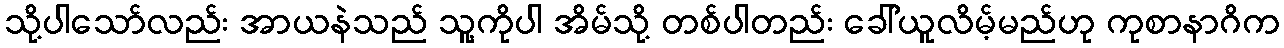
သို့ပါသော်လည်း အာယနဲသည် သူ့ကိုပါ အိမ်သို့ တစ်ပါတည်း ခေါ်ယူလိမ့်မည်ဟု ကုစာနာဂိက